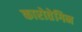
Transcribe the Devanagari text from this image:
कारोतेगिन